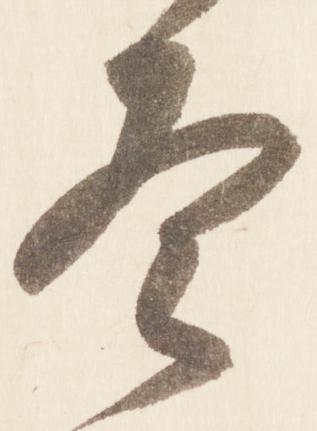
冬